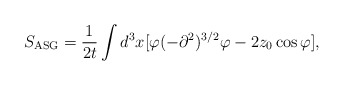
\begin{align*}S_{\rm ASG}=\frac{1}{2t}\int d^3 x[\varphi(-\partial^2)^{3/2}\varphi-2z_0\cos \varphi],\end{align*}